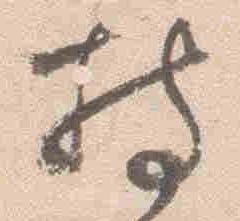
持